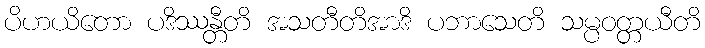
ပိဟယိတော ပဒိဿန္တီတိ အသတီတိအာဒိ ပဘာသေတိ သမ္ပဝတ္တယီတိ